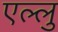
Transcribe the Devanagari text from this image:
एल्लु